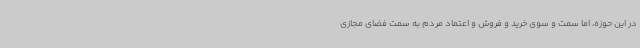
در این حوزه، اما سمت و سوی خرید و فروش و اعتماد مردم به سمت فضای مجازی